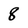
Character: 8